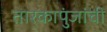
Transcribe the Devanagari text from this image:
तारकापुंजांची